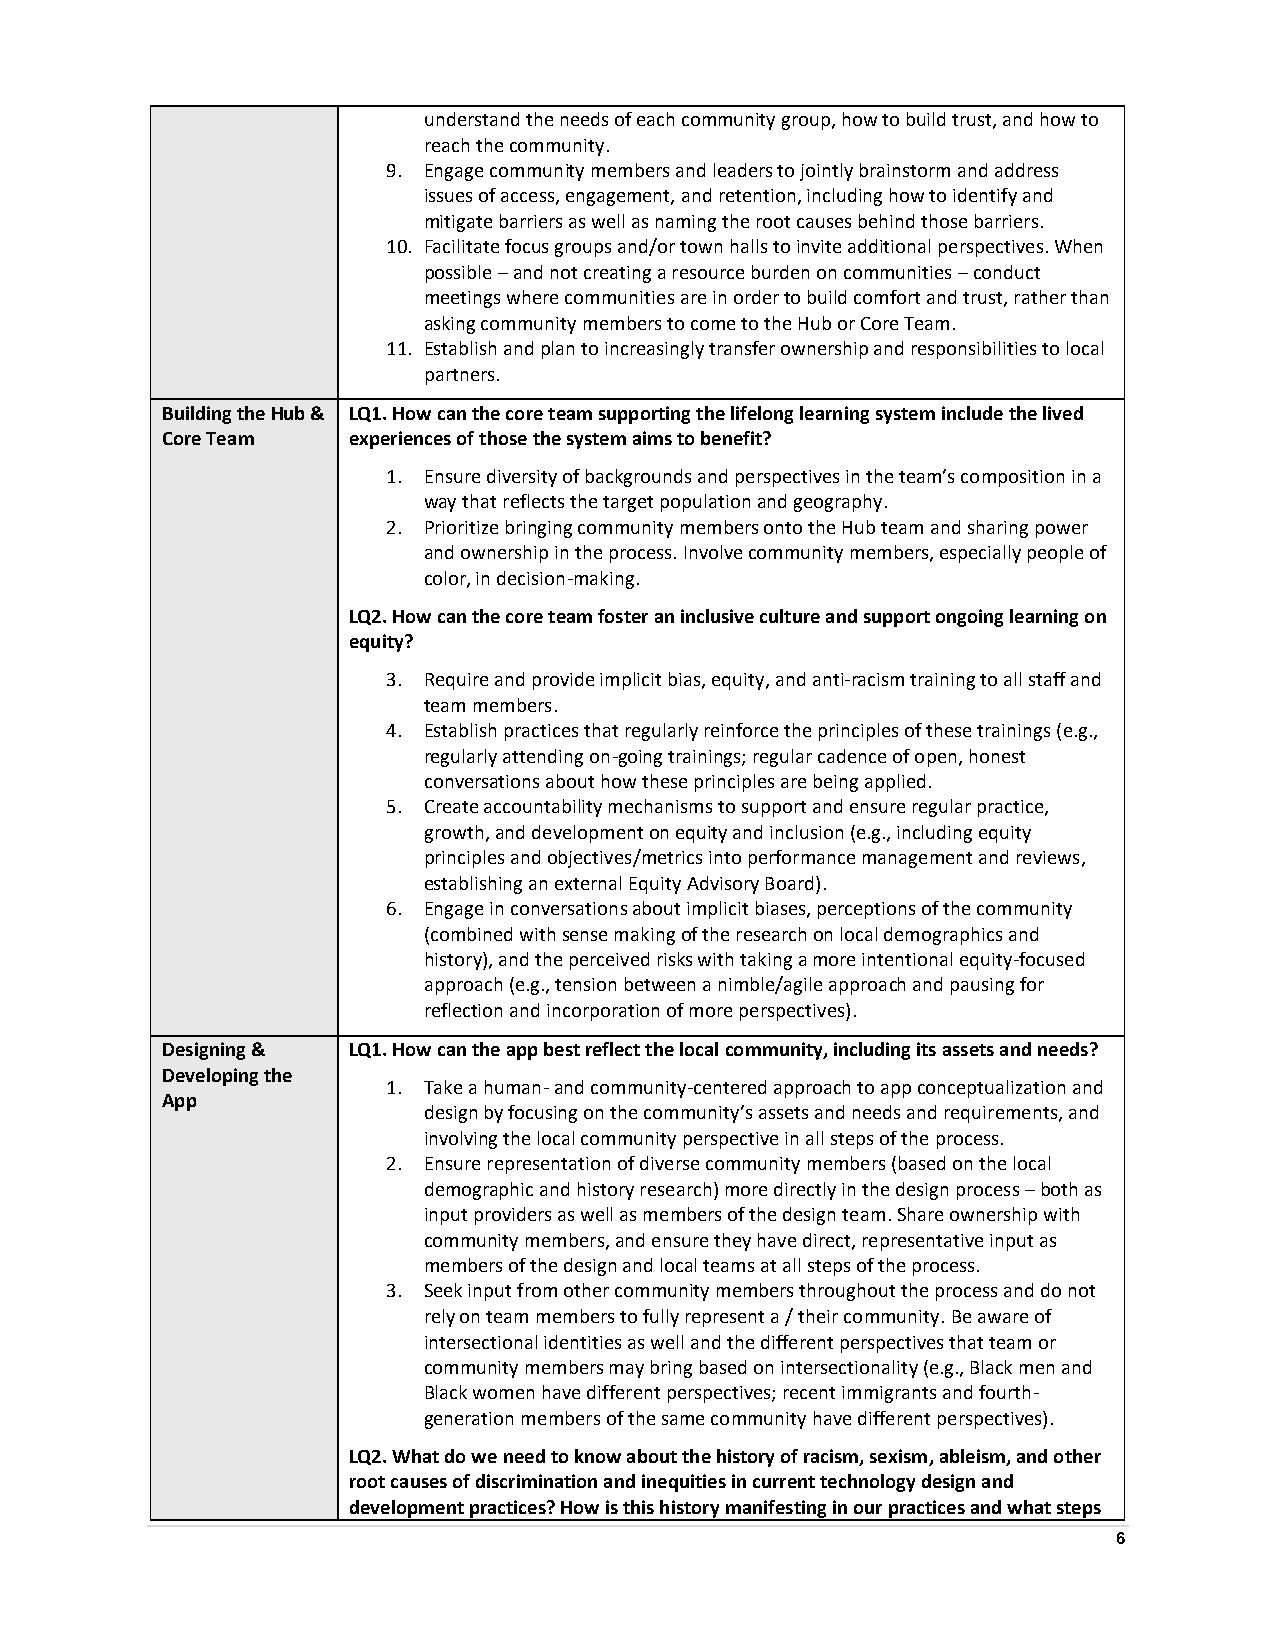
understand the needs of each community group, how to build trust, and how to
 reach the community.
 9. Engage community members and leaders to jointly brainstorm and address
 issues of access, engagement, and retention, including how to identify and
 mitigate barriers as well as naming the root causes behind those barriers.
 10. Facilitate focus groups and/or town halls to invite additional perspectives. When
 possible – and not creating a resource burden on communities – conduct
 meetings where communities are in order to build comfort and trust, rather than
 asking community members to come to the Hub or Core Team.
 11. Establish and plan to increasingly transfer ownership and responsibilities to local
 partners.
 Building the Hub & LQ1. How can the core team supporting the lifelong learning system include the lived
 Core Team   experiences of those the system aims to benefit?
 1. Ensure diversity of backgrounds and perspectives in the team’s composition in a
 way that reflects the target population and geography.
 2. Prioritize bringing community members onto the Hub team and sharing power
 and ownership in the process. Involve community members, especially people of
 color, in decision-making.
 LQ2. How can the core team foster an inclusive culture and support ongoing learning on
 equity?
 3. Require and provide implicit bias, equity, and anti-racism training to all staff and
 team members.
 4. Establish practices that regularly reinforce the principles of these trainings (e.g.,
 regularly attending on-going trainings; regular cadence of open, honest
 conversations about how these principles are being applied.
 5. Create accountability mechanisms to support and ensure regular practice,
 growth, and development on equity and inclusion (e.g., including equity
 principles and objectives/metrics into performance management and reviews,
 establishing an external Equity Advisory Board).
 6. Engage in conversations about implicit biases, perceptions of the community
 (combined with sense making of the research on local demographics and
 history), and the perceived risks with taking a more intentional equity-focused
 approach (e.g., tension between a nimble/agile approach and pausing for
 reflection and incorporation of more perspectives).
 Designing & LQ1. How can the app best reflect the local community, including its assets and needs?
 Developing the
 1. Take a human- and community-centered approach to app conceptualization and
 App
 design by focusing on the community’s assets and needs and requirements, and
 involving the local community perspective in all steps of the process.
 2. Ensure representation of diverse community members (based on the local
 demographic and history research) more directly in the design process – both as
 input providers as well as members of the design team. Share ownership with
 community members, and ensure they have direct, representative input as
 members of the design and local teams at all steps of the process.
 3. Seek input from other community members throughout the process and do not
 rely on team members to fully represent a / their community. Be aware of
 intersectional identities as well and the different perspectives that team or
 community members may bring based on intersectionality (e.g., Black men and
 Black women have different perspectives; recent immigrants and fourth-
 generation members of the same community have different perspectives).
 LQ2. What do we need to know about the history of racism, sexism, ableism, and other
 root causes of discrimination and inequities in current technology design and
 development practices? How is this history manifesting in our practices and what steps
 6